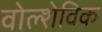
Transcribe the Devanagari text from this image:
वोल्शेविक